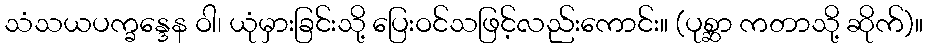
သံသယပက္ခန္ဒေန ဝါ၊ ယုံမှားခြင်းသို့ ပြေးဝင်သဖြင့်လည်းကောင်း။ (ပုစ္ဆာ ကတာသို့ ဆိုက်)။